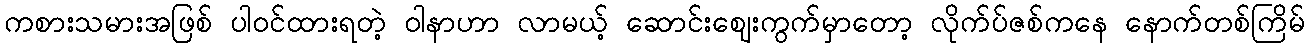
ကစားသမားအဖြစ် ပါဝင်ထားရတဲ့ ဝါနာဟာ လာမယ့် ဆောင်းဈေးကွက်မှာတော့ လိုက်ပ်ဇစ်ကနေ နောက်တစ်ကြိမ်